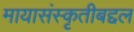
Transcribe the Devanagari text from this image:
मायासंस्कृतीबद्दल